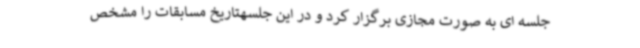
جلسه ای به صورت مجازی برگزار کرد و در این جلسهتاریخ مسابقات را مشخص